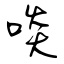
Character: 啖